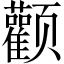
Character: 颧